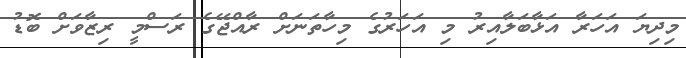
މިދިޔަ އަހަރާ އަޅާބަލާއިރު މި އަހަރުގެ މިހާތަނަށް ރާއްޖޭގެ ރަސްމީ ރިޒާވަށް ބޮޑު